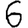
Digit: 6